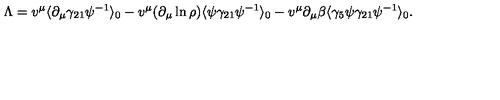
\Lambda = v ^ { \mu } \langle \partial _ { \mu } \gamma _ { 2 1 } \psi ^ { - 1 } \rangle _ { 0 } - v ^ { \mu } ( \partial _ { \mu } \ln { \rho } ) \langle \psi \gamma _ { 2 1 } \psi ^ { - 1 } \rangle _ { 0 } - v ^ { \mu } \partial _ { \mu } \beta \langle \gamma _ { 5 } \psi \gamma _ { 2 1 } \psi ^ { - 1 } \rangle _ { 0 } .